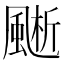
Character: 𩗱